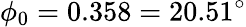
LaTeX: \phi_{0}=0.358=20.51^{\circ}